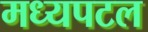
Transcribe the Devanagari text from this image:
मध्यपटल